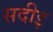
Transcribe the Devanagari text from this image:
सदीइ